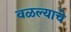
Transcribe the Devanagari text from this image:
वळल्याचे